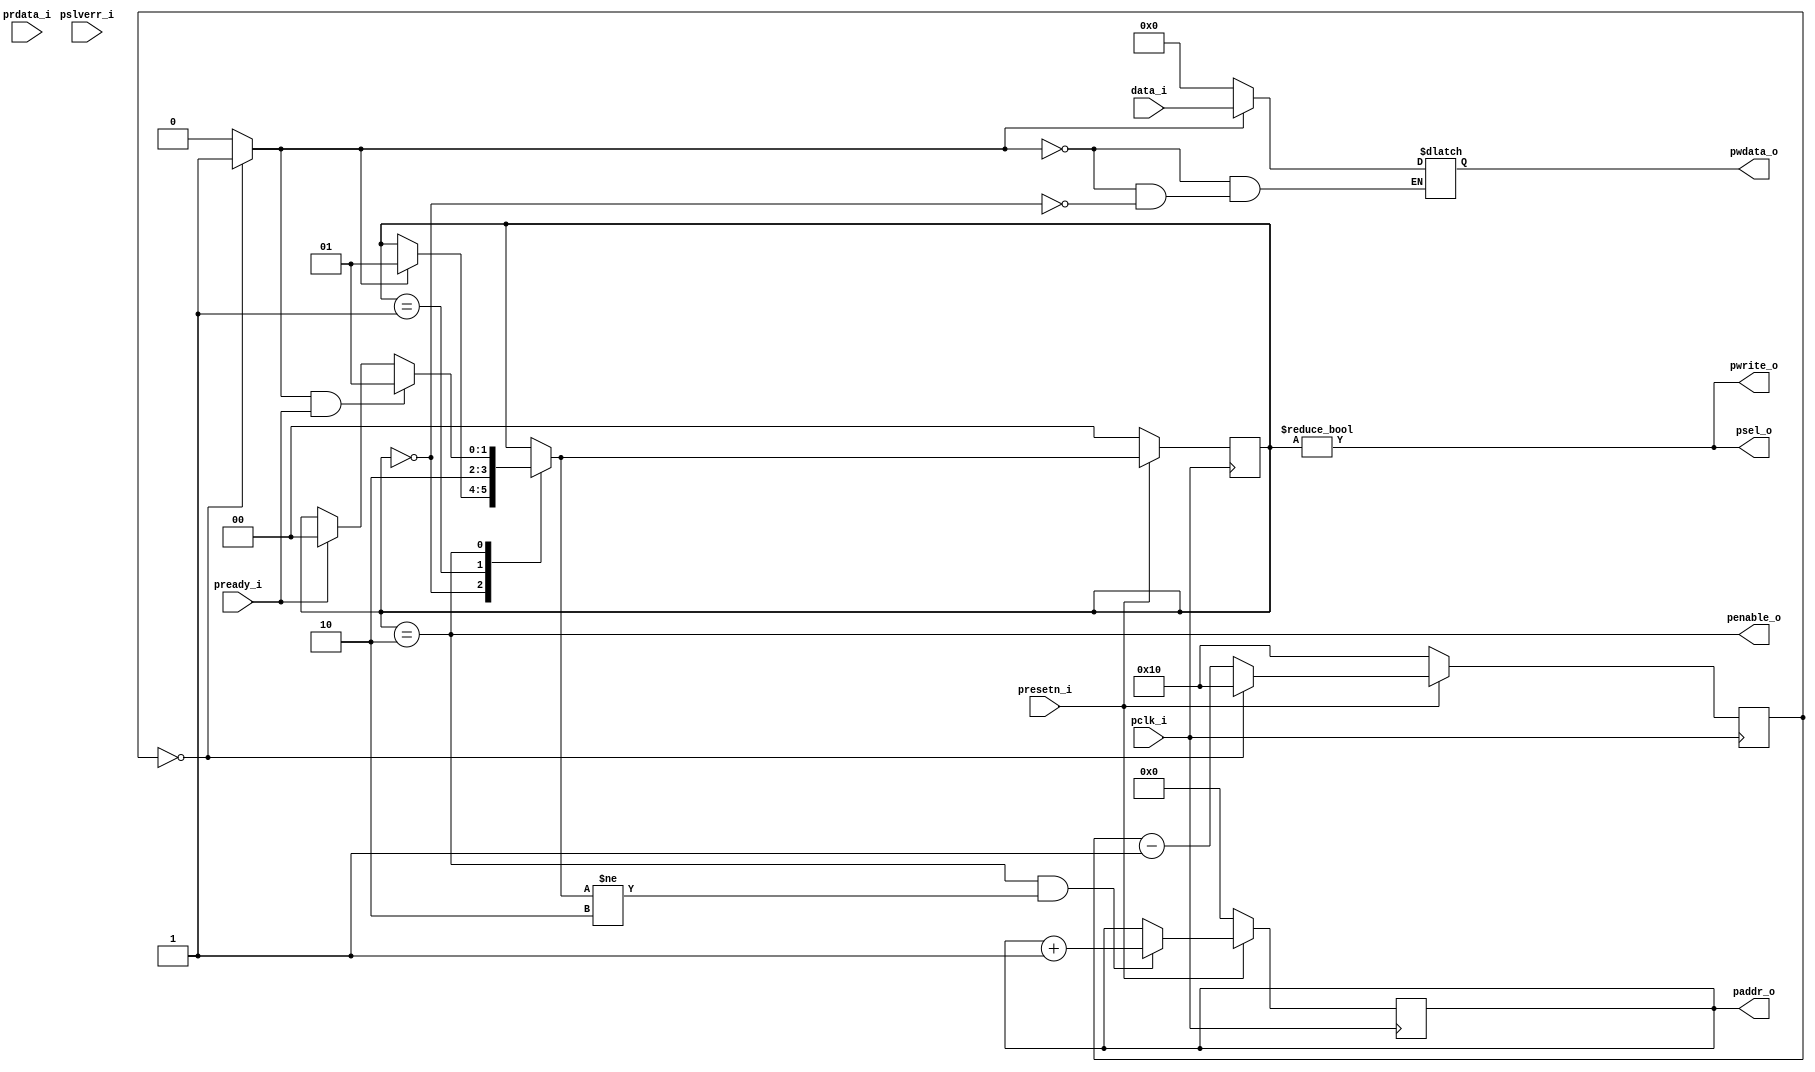
`timescale 1ns / 1ps
//////////////////////////////////////////////////////////////////////////////////
// Company: 
// Engineer: 
// 
// Design Name: 
// Module Name: Sampler
// Project Name: 
// Target Devices: 
// Tool Versions: 
// Description: 
// 
// Dependencies: 
// 
// Revision:
// Revision 0.01 - File Created
// Additional Comments:
// 
//////////////////////////////////////////////////////////////////////////////////


module Sampler(
    input pclk_i,presetn_i,
    input [31:0] data_i,
    input pready_i,pslverr_i,
    input [31:0] prdata_i,
    output psel_o,penable_o,pwrite_o,
    output reg [7:0] paddr_o,
    output reg [31:0] pwdata_o
    );
    
    //Counter params
    wire sample_s;
    reg [18:0] count;
    wire end_transfer;
    
    //FSM params
    localparam IDLE = 2'b00;
    localparam SETUP = 2'b01;
    localparam ACCESS = 2'b10;
    reg [1:0] state , state_next;
        
    //1ms Counter
    always@(posedge pclk_i)
    begin
      if(!presetn_i)
      count <= 16;
      else begin
      if(count == 0)
      begin
      count <= 16;
      end
      
      else begin
      count <= count - 1;
      end
      end
      
    end
    
    assign sample_s = (count == 0) ? 1 : 0;
    
    always@(*)
    begin
        if(sample_s == 1)
        pwdata_o = data_i;
        else
        if(state == IDLE)
        pwdata_o = 0;    
    end
    
    
    //end 1 ms Counter
    
    //Addr Counter
    always@(posedge pclk_i)
    begin
        if(!presetn_i)
        paddr_o <= 0;
        else 
        if(end_transfer)
        paddr_o <= paddr_o + 1;
        
    end
    //End addr Counter
    
    //FSM
    
    always@(posedge pclk_i)
    begin
        if(!presetn_i)
        state <= IDLE;
        else
        state <= state_next;
    end
    
    always@(*)
    begin
    state_next = state;
    case(state)
        IDLE: if(sample_s) state_next = SETUP;
        SETUP: state_next = ACCESS;
        ACCESS:  begin  
                 if(sample_s && pready_i) state_next = SETUP;
                 else if(pready_i) state_next = IDLE;
                 end 
                
    endcase
    
    end
    
    assign psel_o = (state != IDLE);
    assign penable_o = (state == ACCESS);
    assign pwrite_o = (state != IDLE);
    assign end_transfer = (state == ACCESS && state_next != ACCESS);
    
    //end FSM
    
  
endmodule